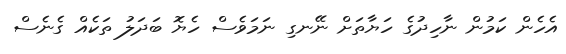
އެހެން ކަމުން ނާހިދުގެ ހަޔާތަށް ނޭނގި ނަމަވެސް ހެޔޮ ބަދަލު ތަކެއް ގެނެސް